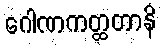
ဂေါဏကတ္ထတာနိ